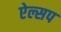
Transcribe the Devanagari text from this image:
ऐल्सप